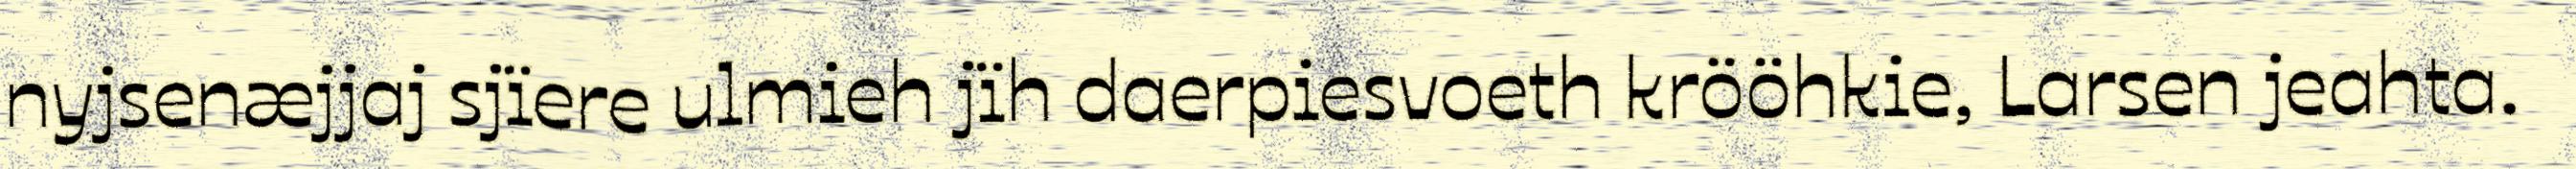
nyjsenæjjaj sjïere ulmieh jïh daerpiesvoeth krööhkie, Larsen jeahta.